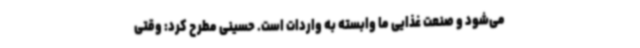
می‌شود و صنعت غذایی ما وابسته به واردات است. حسینی مطرح کرد: وقتی